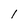
Character: l